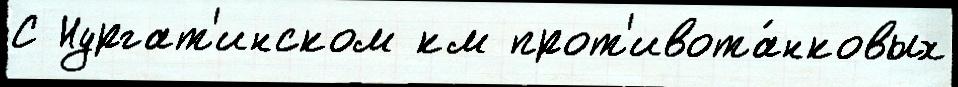
С Нургат'инском км прот'ивота́нковых